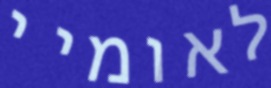
לאומיי